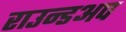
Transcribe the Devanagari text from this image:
राउन्डअप